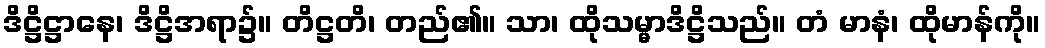
ဒိဋ္ဌိဋ္ဌာနေ၊ ဒိဋ္ဌိအရာ၌။ တိဋ္ဌတိ၊ တည်၏။ သာ၊ ထိုသမ္မာဒိဋ္ဌိသည်။ တံ မာနံ၊ ထိုမာန်ကို။